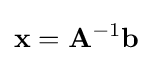
\mathbf {x} =\mathbf {A} ^{-1}\mathbf {b}